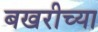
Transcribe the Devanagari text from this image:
बखरीच्या